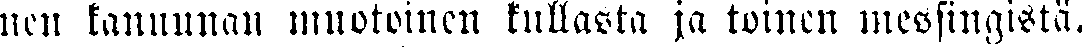
nen kanuunan muotoinen kullasta ja toinen messingistä.